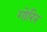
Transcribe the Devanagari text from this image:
गोरिर